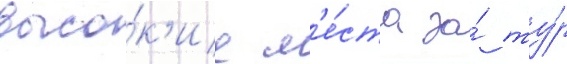
высо́к'ие м'е́ста за́ ту́р